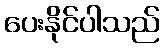
ပေးနိုင်ပါသည်